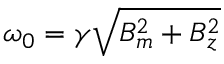
\omega _ { 0 } = \gamma \sqrt { B _ { m } ^ { 2 } + B _ { z } ^ { 2 } }